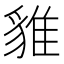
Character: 𧳞